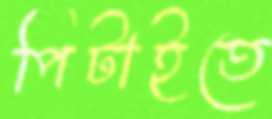
পিটাইতে